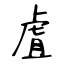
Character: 虘